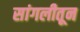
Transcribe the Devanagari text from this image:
सांगलीतून